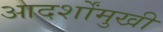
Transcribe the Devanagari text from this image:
आदर्शोंमुखी